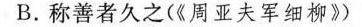
B.称善者久之(《周亚夫军细柳》